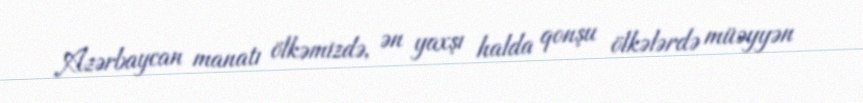
Azərbaycan manatı ölkəmizdə, ən yaxşı halda qonşu ölkələrdə müəyyən